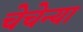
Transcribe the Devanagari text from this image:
चेचेन्या